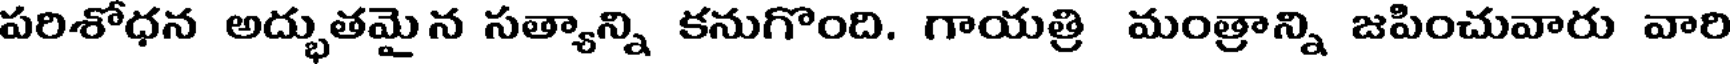
పరిశోధన అద్భుతమై న సత్యాన్ని కనుగొంది. గాయత్రి మంత్రాన్ని జపించువారు వారి